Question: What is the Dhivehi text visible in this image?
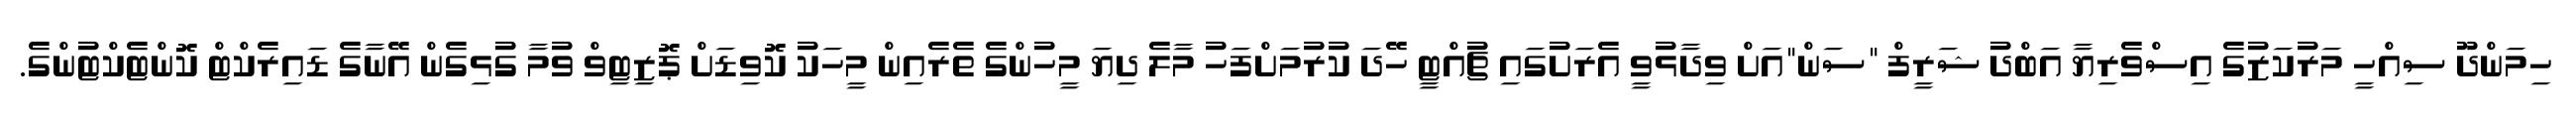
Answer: ހިމަންދޫ ސިއްހީ މަރުކަޒުގެ އިސްވެރިޔާ އަބްދު ޝަރީފް "ސަން"އަށް ވިދާޅުވީ އެރަށުގައި ޗުއްޓީ ހޭދަ ކުރުމަށްފަހު މާލެ ދިޔަ މީހުންގެ ތެރެއިން މީހަކު ކޮވިޑަށް ޕޮޒިޓިވް ވުމާ ގުޅިގެން އޭނާގެ ޑައިރެކްޓް ކޮންޓެކްޓުންގެ.